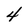
Character: 4